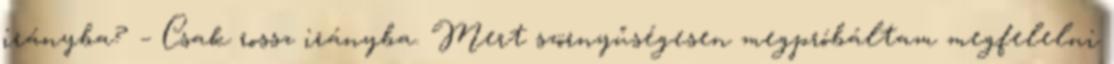
irányba? – Csak rossz irányba. Mert szörnyűségesen megpróbáltam megfelelni